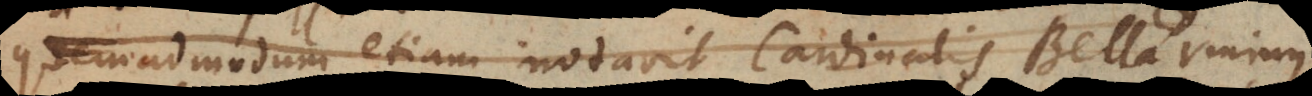
quemadmodum etiam notavit Cardinalis Bellarminus.